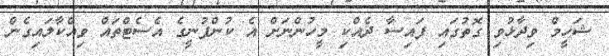
ޝަހީމް ވިދާޅުވި ގޮތުގައި ފައިސާ ދެއްކި މީހުންނަށް އެ ކުންފުނީގެ އެސެޓްތައް ވިއްކާލައިގެން